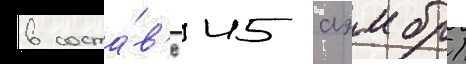
в соста́в'е 45 аэмбр)